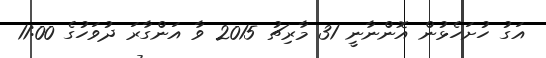
އަގު ހުށަހެޅުން އޮންނާނީ 31 މާރިޗު 2015 ވާ އަންގާރަ ދުވަހުގެ 11:00